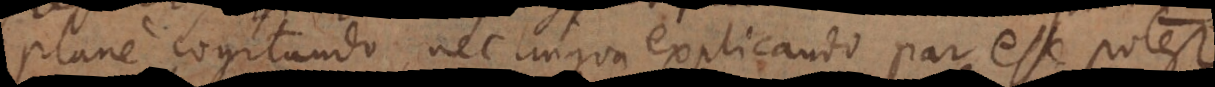
plane cogitando, nec lingua explicando par esse potest